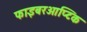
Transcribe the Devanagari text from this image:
फाइबरओप्टिक